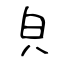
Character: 㒵